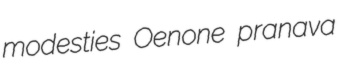
modesties Oenone pranava